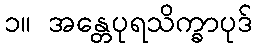
၁။ အန္တေပုရသိက္ခာပုဒ်